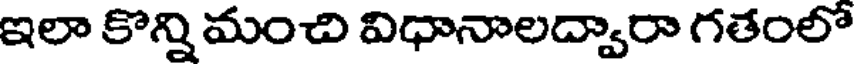
ఇలా కొన్ని మంచి విధానాలద్వారా గతంలో